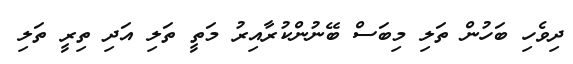
ދިވެހި ބަހުން ތަލި މިބަސް ބޭނުންކުރާއިރު މަތީ ތަލި އަދި ތިރީ ތަލި